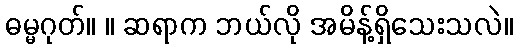
ဓမ္မဂုတ်။ ။ ဆရာက ဘယ်လို အမိန့်ရှိသေးသလဲ။